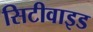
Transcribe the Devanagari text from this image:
सिटीवाइड